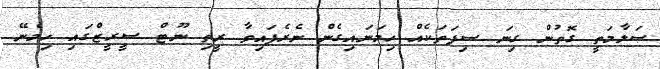
ސަލާމަތީ ގޮތުން ގިނަ ސިފަތަކެއް ހިމަނައިގެން ނެރެފައިވާ ރީތި ނޫޓް ސީރީޒްގައި ހިމެނޭ